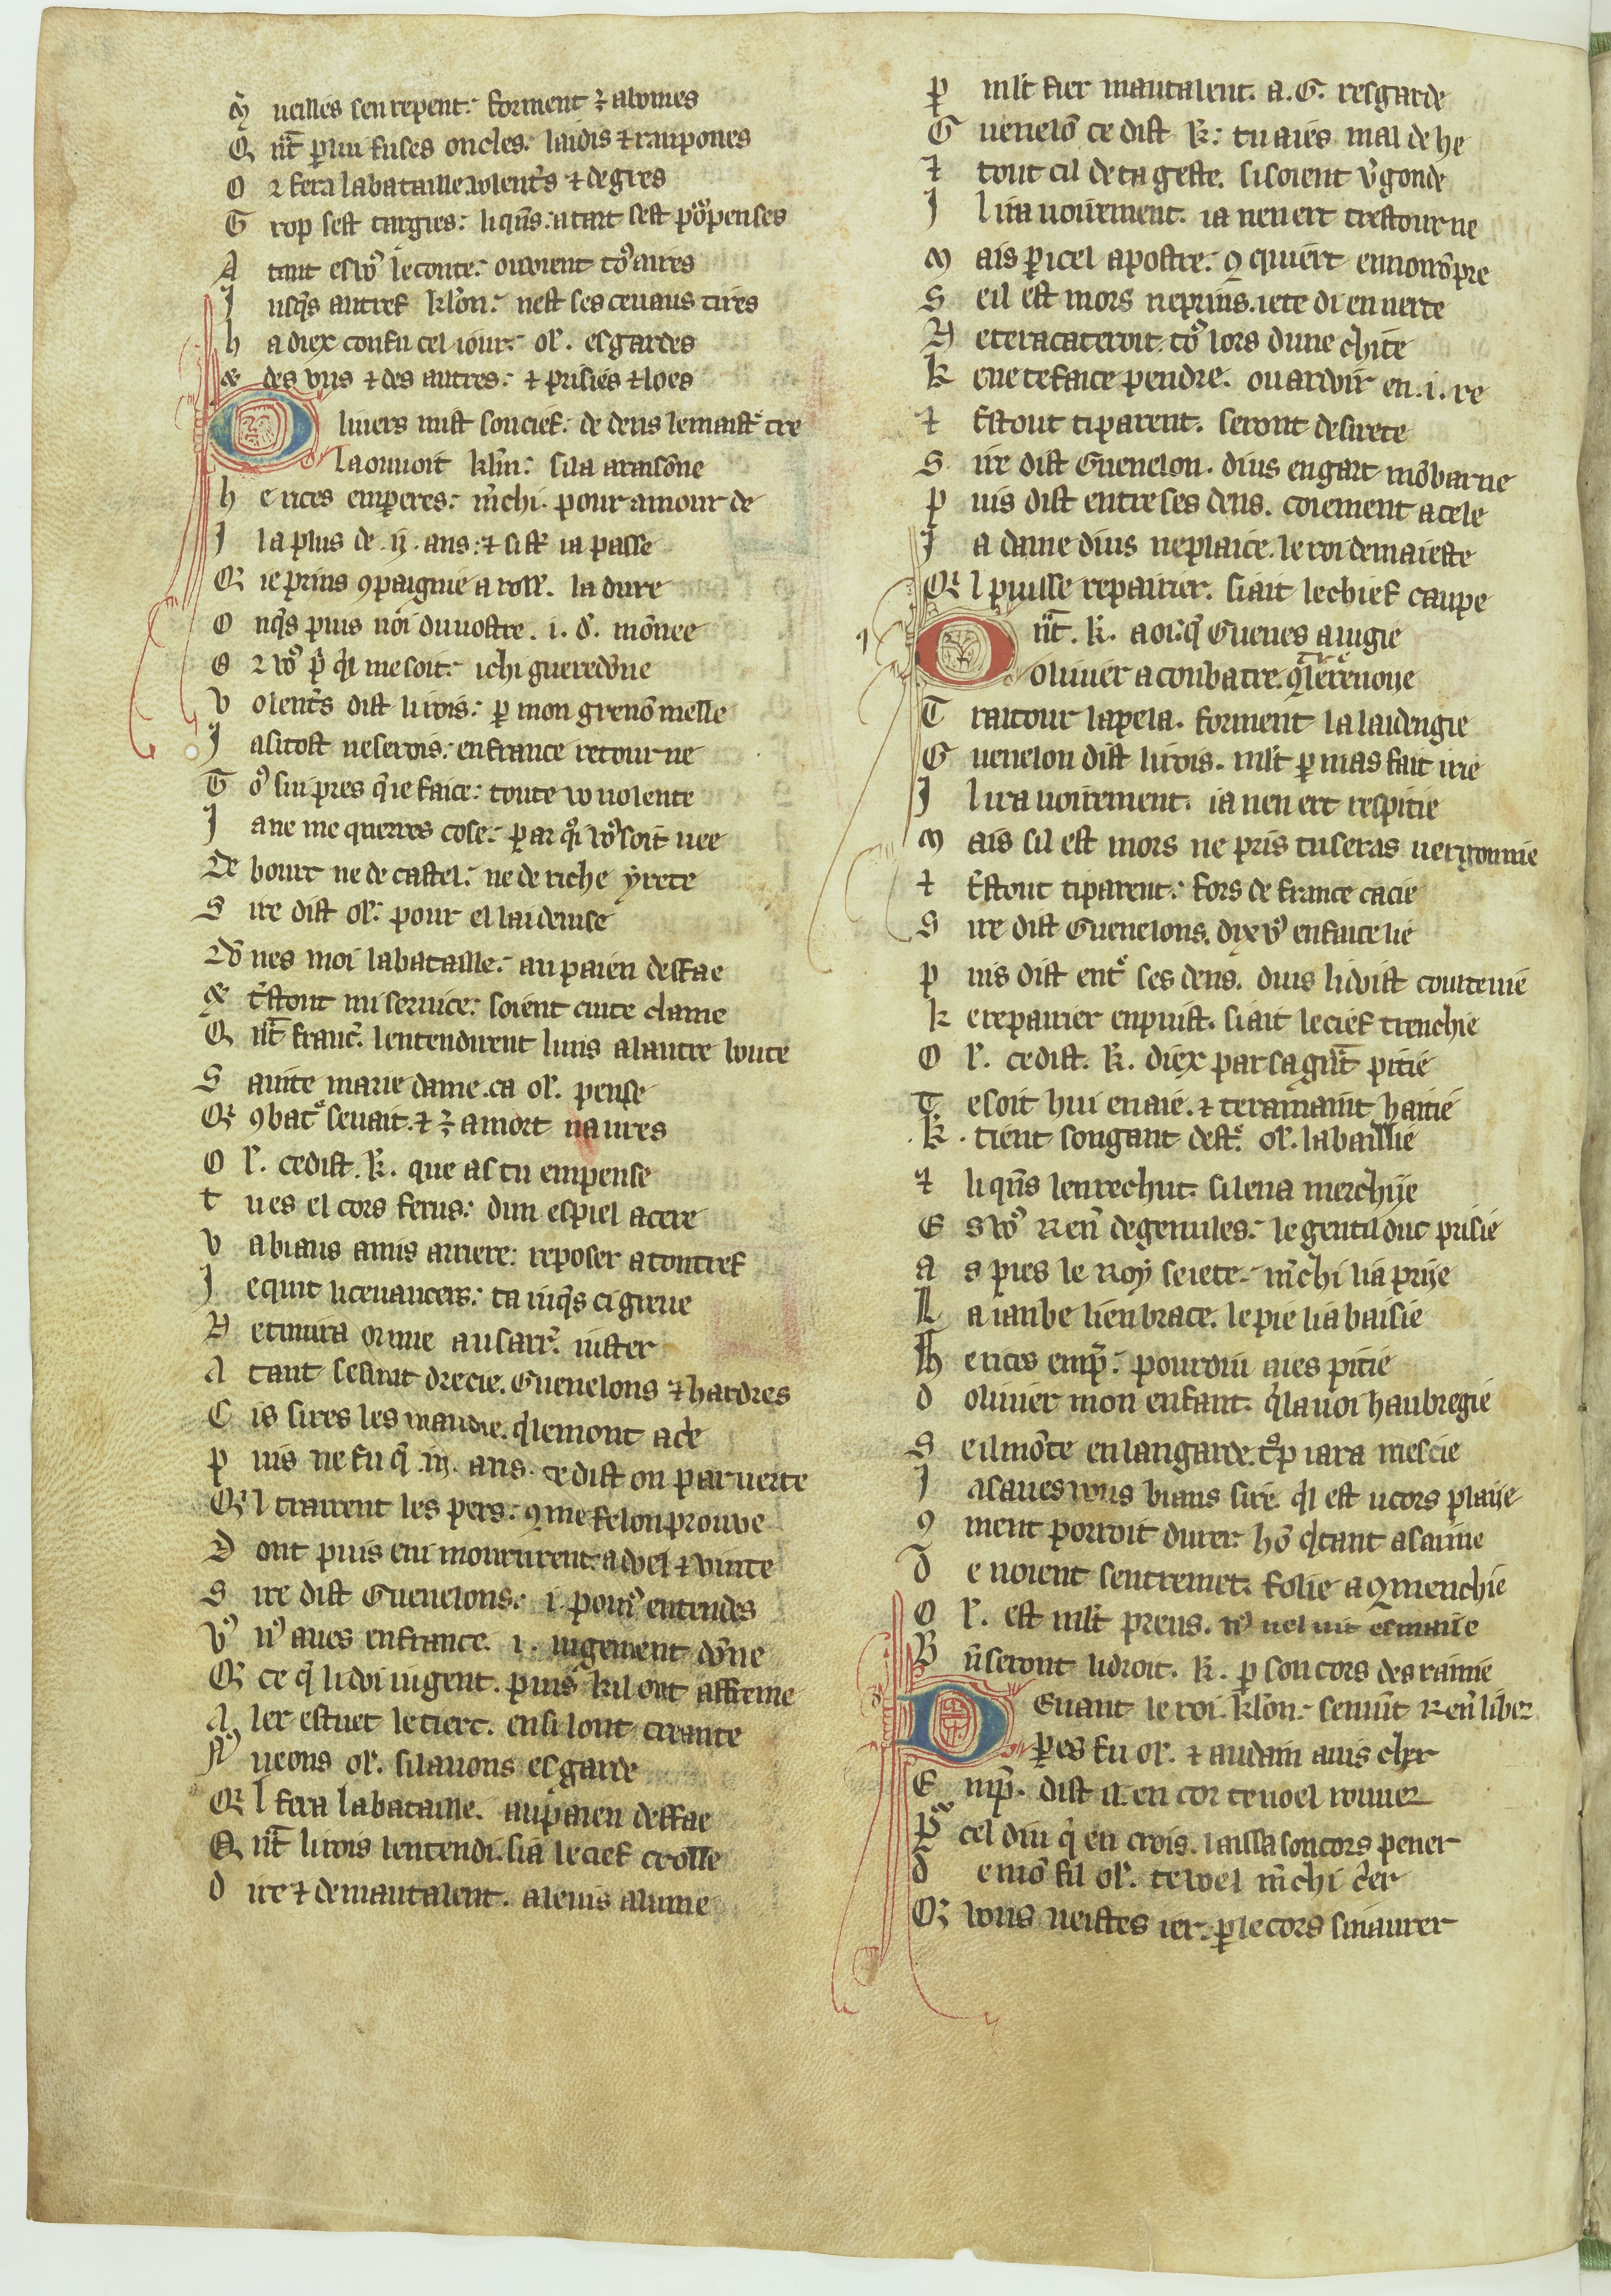
Shelfmark: Paris, BnF, fr. 12603
Century: 13